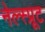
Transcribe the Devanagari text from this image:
नेल्स्प्रूट